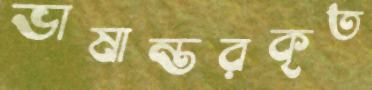
ভাষান্তরকৃত